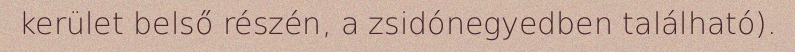
kerület belső részén, a zsidónegyedben található).